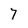
Character: 7